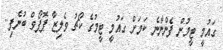
ގައުމީ ޓީމުން ފެންނާނެ ކަމަށް ގައުމީ ޓީމުގެ ކޯޗު ވެލިޒާ ޕޮޕޯވް ބުނެފި..